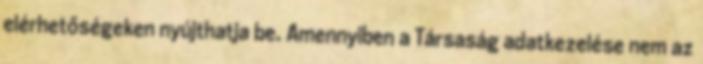
elérhetőségeken nyújthatja be. Amennyiben a Társaság adatkezelése nem az